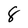
Character: 8